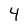
Character: 4